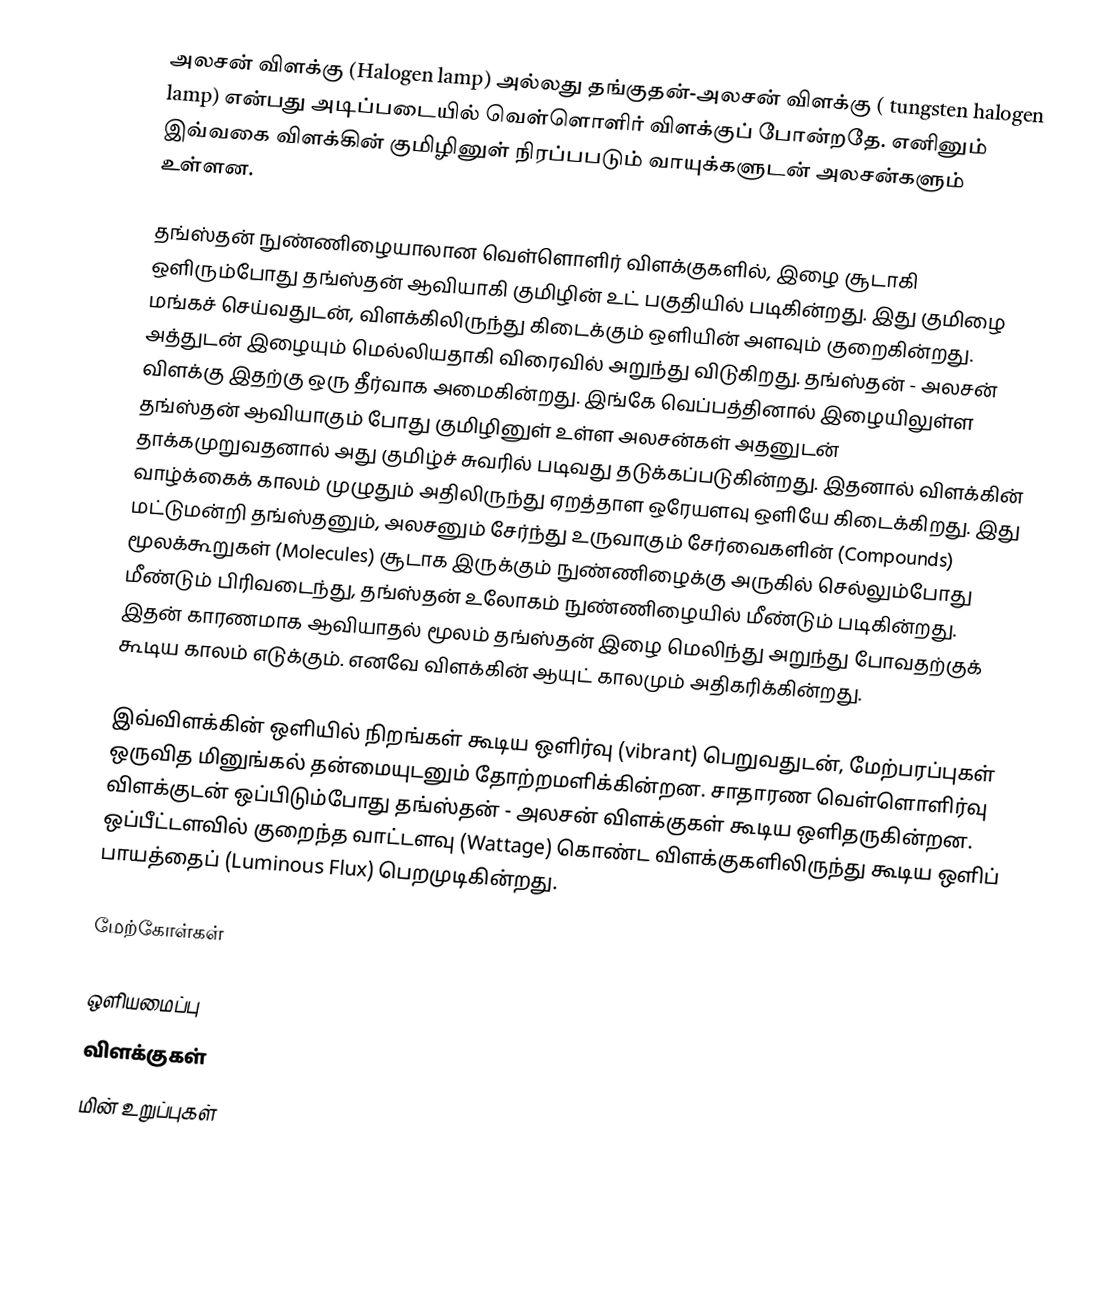
அலசன் விளக்கு (Halogen lamp) அல்லது தங்குதன்-அலசன் விளக்கு ( tungsten halogen lamp) என்பது அடிப்படையில் வெள்ளொளிர் விளக்குப் போன்றதே. எனினும் இவ்வகை விளக்கின் குமிழினுள் நிரப்பபடும் வாயுக்களுடன் அலசன்களும் உள்ளன.

தங்ஸ்தன் நுண்ணிழையாலான வெள்ளொளிர் விளக்குகளில், இழை சூடாகி ஒளிரும்போது தங்ஸ்தன் ஆவியாகி குமிழின் உட் பகுதியில் படிகின்றது. இது குமிழை மங்கச் செய்வதுடன், விளக்கிலிருந்து கிடைக்கும் ஒளியின் அளவும் குறைகின்றது. அத்துடன் இழையும் மெல்லியதாகி விரைவில் அறுந்து விடுகிறது. தங்ஸ்தன் - அலசன் விளக்கு இதற்கு ஒரு தீர்வாக அமைகின்றது. இங்கே வெப்பத்தினால் இழையிலுள்ள தங்ஸ்தன் ஆவியாகும் போது குமிழினுள் உள்ள அலசன்கள் அதனுடன் தாக்கமுறுவதனால் அது குமிழ்ச் சுவரில் படிவது தடுக்கப்படுகின்றது. இதனால் விளக்கின் வாழ்க்கைக் காலம் முழுதும் அதிலிருந்து ஏறத்தாள ஒரேயளவு ஒளியே கிடைக்கிறது. இது மட்டுமன்றி தங்ஸ்தனும், அலசனும் சேர்ந்து உருவாகும் சேர்வைகளின் (Compounds) மூலக்கூறுகள் (Molecules) சூடாக இருக்கும் நுண்ணிழைக்கு அருகில் செல்லும்போது மீண்டும் பிரிவடைந்து, தங்ஸ்தன் உலோகம் நுண்ணிழையில் மீண்டும் படிகின்றது. இதன் காரணமாக ஆவியாதல் மூலம் தங்ஸ்தன் இழை மெலிந்து அறுந்து போவதற்குக் கூடிய காலம் எடுக்கும். எனவே விளக்கின் ஆயுட் காலமும் அதிகரிக்கின்றது.

இவ்விளக்கின் ஒளியில் நிறங்கள் கூடிய ஒளிர்வு (vibrant) பெறுவதுடன், மேற்பரப்புகள் ஒருவித மினுங்கல் தன்மையுடனும் தோற்றமளிக்கின்றன. சாதாரண வெள்ளொளிர்வு விளக்குடன் ஒப்பிடும்போது தங்ஸ்தன் - அலசன் விளக்குகள் கூடிய ஒளிதருகின்றன. ஒப்பீட்டளவில் குறைந்த வாட்டளவு (Wattage) கொண்ட விளக்குகளிலிருந்து கூடிய ஒளிப் பாயத்தைப் (Luminous Flux) பெறமுடிகின்றது.

மேற்கோள்கள்

ஒளியமைப்பு
விளக்குகள்
மின் உறுப்புகள்